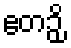
ဧတဉှိ